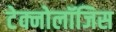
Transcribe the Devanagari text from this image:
टेक्नोलॉजिस